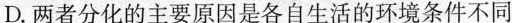
D.两者分化的主要原因是各自生活的环境条件不同